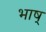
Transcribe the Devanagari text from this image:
भाष्